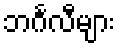
ဘင်္ဂလီများ